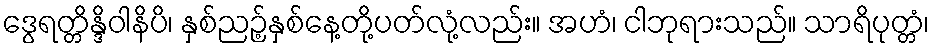
ဒွေရတ္တိန္ဒိဝါနိပိ၊ နှစ်ညဉ့်နှစ်နေ့တို့ပတ်လုံ့လည်း။ အဟံ၊ ငါဘုရားသည်။ သာရိပုတ္တံ၊